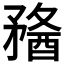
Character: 𥎈